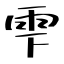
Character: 雫